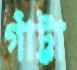
গাঁট্টা